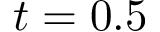
t = 0 . 5